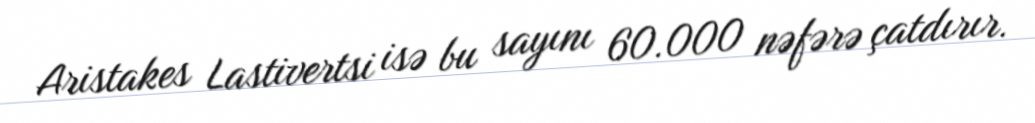
Aristakes Lastivertsi isə bu sayını 60.000 nəfərə çatdırır.